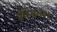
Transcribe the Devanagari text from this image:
पंडितवंश